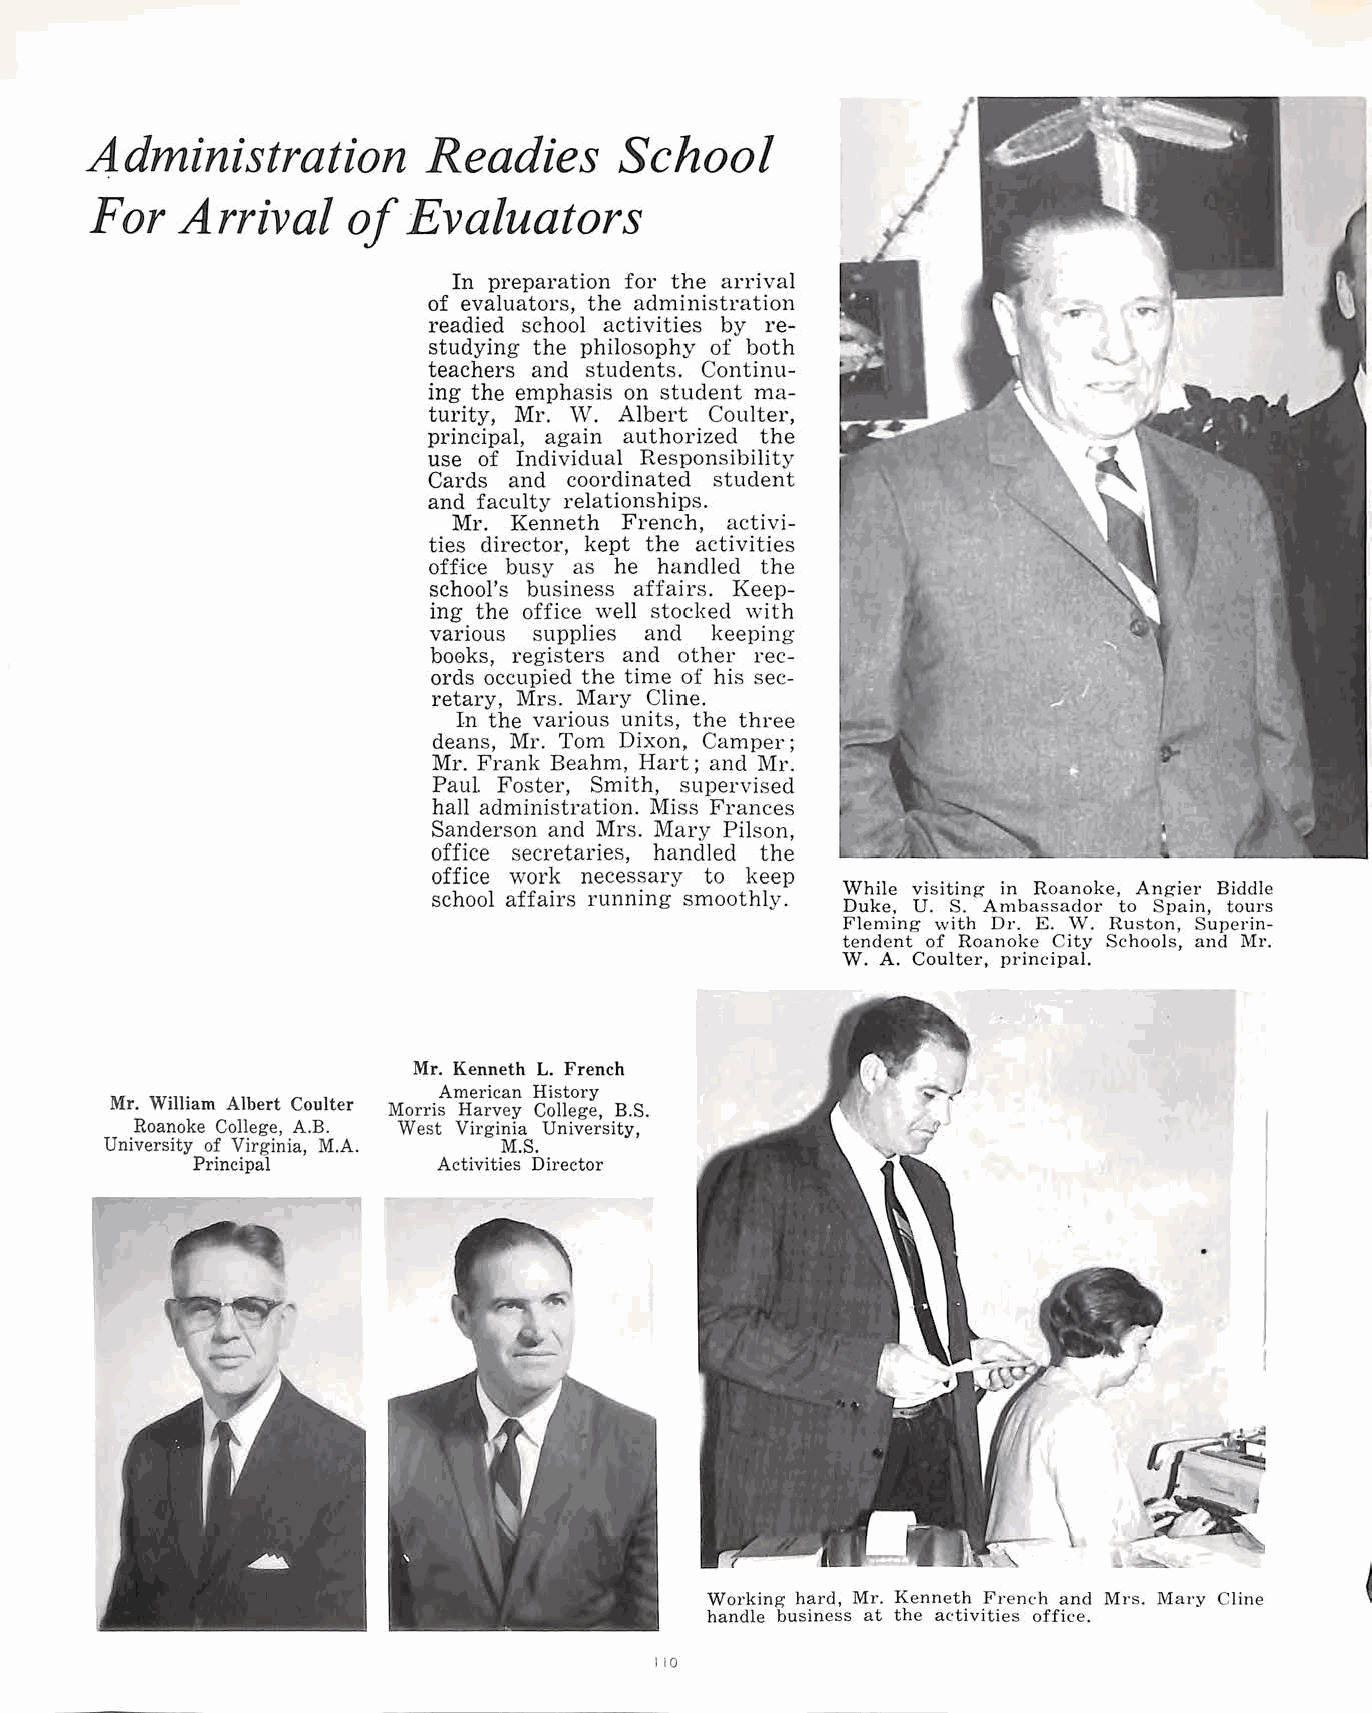
Administration        Readies      School
 For   Arrival    of  Evaluators
 In preparation for the arrival
 of evaluators, the administration
 readied school activities by re
 studying the philosophy of both
 teachers and students. Continu
 ing the emphasis on student ma
 turity, Mr. W. Albert Coulter,
 principal, again authoi-ized the
 use of Individual Responsibility
 Cards and coordinated student
 and faculty relationships.
 Mr. Kenneth French, activi
 ties director, kept the activities
 office busy as he handled the
 school's business affairs. Keep
 ing the office well stocked with
 various supplies and keeping
 bo0ks, registers and othe1· rec
 ords occupied the time of his sec
 retary, Mrs. Mary Cline.
 In the various units, the three
 deans, Mr. Tom Dixon, Camper;
 Mr. Frank Beahm, Hart; and Mr.
 Paul. Foster, Smith, supervised
 hall administration. Miss Frances
 Sanderson and Mrs. Mary Pilson,
 office secretaries, handled the
 office work necessary to keep
 While visiting in Roanoke, Angier Biddle
 school affairs running smoothly.
 Duke, U. S. Ambassador to Spain, tours
 Fleming with Dr. E. W. Ruston, Superin
 tendent of Roanoke City Schools, and Mr.
 W. A. Coulter, principal.
 Mr. Kenneth L. French
 American History
 Mr. William Albert Coulter
 Morris Harvey College, B.S.
 Roanoke College, A.B. West Virginia University,
 University of Virginia, M.A. M.S.
 Principal       Activities Director
 Working hard, Mr. Kenneth French and Mrs. Mary Cline
 handle business at the activities office.
 110